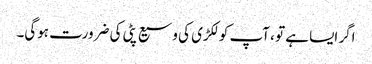
اگر ایسا ہے تو ، آپ کو لکڑی کی وسیع پٹی کی ضرورت ہوگی۔